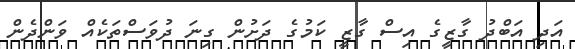
އަދި އަބްދު ގާޒީގެ އިސް ގާޒީ ކަމުގެ ދަށުން ގިނަ ދުވަސްތަކެއް ވަންދެން